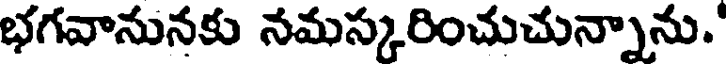
భగవానునకు నమస్కరించుచున్నాను.'